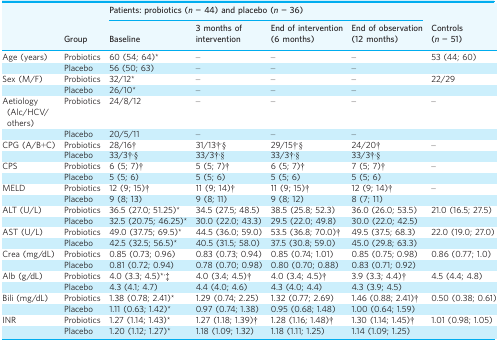
<table><thead><tr><td rowspan="2"></td><td rowspan="2"><b>Group</b></td><td colspan="4"><b>Patients: probiotics (<i>n</i> = 44) and placebo (<i>n</i> = 36)</b></td><td rowspan="2"><b>Controls (<i>n</i> = 51)</b></td></tr><tr><td><b>Baseline</b></td><td><b>3 months of intervention</b></td><td><b>End of intervention (6 months)</b></td><td><b>End of observation (12 months)</b></td></tr></thead><tbody><tr><td>Age (years)</td><td>Probiotics</td><td>60 (54; 64)*</td><td>–</td><td>–</td><td>–</td><td>53 (44; 60)</td></tr><tr><td></td><td>Placebo</td><td>56 (50; 63)</td><td>–</td><td>–</td><td>–</td><td></td></tr><tr><td>Sex (M/F)</td><td>Probiotics</td><td>32/12*</td><td>–</td><td>–</td><td>–</td><td>22/29</td></tr><tr><td></td><td>Placebo</td><td>26/10*</td><td>–</td><td>–</td><td>–</td><td></td></tr><tr><td>Aetiology (Alc/HCV/others)</td><td>Probiotics</td><td>24/8/12</td><td>–</td><td>–</td><td>–</td><td>–</td></tr><tr><td></td><td>Placebo</td><td>20/5/11</td><td>–</td><td>–</td><td>–</td><td></td></tr><tr><td>CPG (A/B+C)</td><td>Probiotics</td><td>28/16†</td><td>31/13†<sup>,</sup>§</td><td>29/15†<sup>,</sup>§</td><td>24/20†</td><td>–</td></tr><tr><td></td><td>Placebo</td><td>33/3†<sup>,</sup>§</td><td>33/3†<sup>,</sup>§</td><td>33/3†<sup>,</sup>§</td><td>33/3†<sup>,</sup>§</td><td></td></tr><tr><td>CPS</td><td>Probiotics</td><td>6 (5; 7)†</td><td>5 (5; 7)†</td><td>6 (5; 7)†</td><td>7 (5; 7)†</td><td>–</td></tr><tr><td></td><td>Placebo</td><td>5 (5; 6)</td><td>5 (5; 6)</td><td>5 (5; 6)</td><td>5 (5; 6)</td><td></td></tr><tr><td>MELD</td><td>Probiotics</td><td>12 (9; 15)†</td><td>11 (9; 14)†</td><td>11 (9; 15)†</td><td>12 (9; 14)†</td><td>–</td></tr><tr><td></td><td>Placebo</td><td>9 (8; 13)</td><td>9 (8; 11)</td><td>9 (8; 12)</td><td>8 (7; 11)</td><td></td></tr><tr><td>ALT (U/L)</td><td>Probiotics</td><td>36.5 (27.0; 51.25)*</td><td>34.5 (27.5; 48.5)</td><td>38.5 (25.8; 52.3)</td><td>36.0 (26.0; 53.5)</td><td>21.0 (16.5; 27.5)</td></tr><tr><td></td><td>Placebo</td><td>32.5 (20.75; 46.25)*</td><td>30.0 (22.0; 43.3)</td><td>29.5 (22.0; 49.8)</td><td>30.0 (22.0; 42.5)</td><td></td></tr><tr><td>AST (U/L)</td><td>Probiotics</td><td>49.0 (37.75; 69.5)*</td><td>44.5 (36.0; 59.0)</td><td>53.5 (36.8; 70.0)†</td><td>49.5 (37.5; 68.3)</td><td>22.0 (19.0; 27.0)</td></tr><tr><td></td><td>Placebo</td><td>42.5 (32.5; 56.5)*</td><td>40.5 (31.5; 58.0)</td><td>37.5 (30.8; 59.0)</td><td>45.0 (29.8; 63.3)</td><td></td></tr><tr><td>Crea (mg/dL)</td><td>Probiotics</td><td>0.85 (0.73; 0.96)</td><td>0.83 (0.73; 0.94)</td><td>0.85 (0.74; 1.01)</td><td>0.85 (0.75; 0.98)</td><td>0.86 (0.77; 1.0)</td></tr><tr><td></td><td>Placebo</td><td>0.81 (0.72; 0.94)</td><td>0.78 (0.70; 0.98)</td><td>0.80 (0.70; 0.88)</td><td>0.83 (0.71; 0.92)</td><td></td></tr><tr><td>Alb (g/dL)</td><td>Probiotics</td><td>4.0 (3.3; 4.5)*<sup>,</sup>‡</td><td>4.0 (3.4; 4.5)†</td><td>4.0 (3.4; 4.5)†</td><td>3.9 (3.3; 4.4)†</td><td>4.5 (4.4; 4.8)</td></tr><tr><td></td><td>Placebo</td><td>4.3 (4.1; 4.7)</td><td>4.4 (4.0; 4.6)</td><td>4.3 (4.0; 4.4)</td><td>4.3 (3.9; 4.5)</td><td></td></tr><tr><td>Bili (mg/dL)</td><td>Probiotics</td><td>1.38 (0.78; 2.41)*</td><td>1.29 (0.74; 2.25)</td><td>1.32 (0.77; 2.69)</td><td>1.46 (0.88; 2.41)†</td><td>0.50 (0.38; 0.61)</td></tr><tr><td></td><td>Placebo</td><td>1.11 (0.63; 1.42)*</td><td>0.97 (0.74; 1.38)</td><td>0.95 (0.68; 1.48)</td><td>1.00 (0.64; 1.59)</td><td></td></tr><tr><td>INR</td><td>Probiotics</td><td>1.27 (1.14; 1.43)*</td><td>1.27 (1.18; 1.39)†</td><td>1.28 (1.16; 1.48)†</td><td>1.30 (1.14; 1.45)†</td><td>1.01 (0.98; 1.05)</td></tr><tr><td></td><td>Placebo</td><td>1.20 (1.12; 1.27)*</td><td>1.18 (1.09; 1.32)</td><td>1.18 (1.11; 1.25)</td><td>1.14 (1.09; 1.25)</td><td></td></tr></tbody></table>